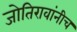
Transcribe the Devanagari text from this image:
जोतिरावांनीच